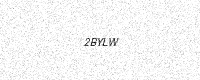
Text: 2BYLW